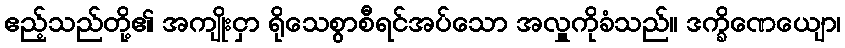
ဧည့်သည်တို့၏ အကျိုးငှာ ရိုသေစွာစီရင်အပ်သော အလှူကိုခံသည်။ ဒက္ခိဏေယျော၊